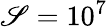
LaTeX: \mathscr{S}=10^{7}